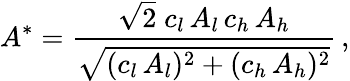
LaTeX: A^{*}=\frac{\sqrt{2}\; c_{l}\, A_{l}\, c_{h}\, A_{h}}{\sqrt{(c_{l}\, A_{l})^{2}+(c_{h}\, A_{h})^{2}}}\, ,